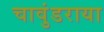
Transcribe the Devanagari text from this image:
चावुंडराया